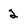
Character: 2